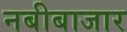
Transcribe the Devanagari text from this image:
नबीबाजार